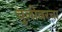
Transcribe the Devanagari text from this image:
चुलीवरचा